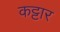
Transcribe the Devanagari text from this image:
कट्टार